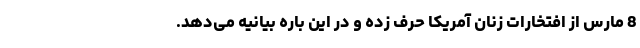
8 مارس از افتخارات زنان آمریکا حرف زده و در این باره بیانیه می‌دهد.